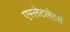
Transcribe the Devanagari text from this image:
एस्लेटलेटर्स